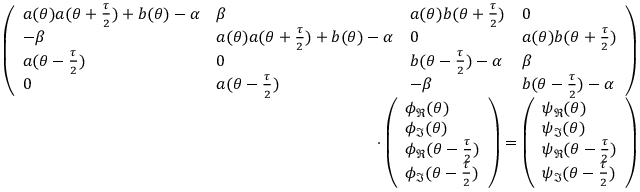
\begin{array} { r } { \left( \begin{array} { l l l l } { a ( \theta ) a ( \theta + \frac { \tau } { 2 } ) + b ( \theta ) - \alpha } & { \beta } & { a ( \theta ) b ( \theta + \frac { \tau } { 2 } ) } & { 0 } \\ { - \beta } & { a ( \theta ) a ( \theta + \frac { \tau } { 2 } ) + b ( \theta ) - \alpha } & { 0 } & { a ( \theta ) b ( \theta + \frac { \tau } { 2 } ) } \\ { a ( \theta - \frac { \tau } { 2 } ) } & { 0 } & { b ( \theta - \frac { \tau } { 2 } ) - \alpha } & { \beta } \\ { 0 } & { a ( \theta - \frac { \tau } { 2 } ) } & { - \beta } & { b ( \theta - \frac { \tau } { 2 } ) - \alpha } \end{array} \right) } \\ { \cdot \left( \begin{array} { l } { \phi _ { \Re } ( \theta ) } \\ { \phi _ { \Im } ( \theta ) } \\ { \phi _ { \Re } ( \theta - \frac { \tau } { 2 } ) } \\ { \phi _ { \Im } ( \theta - \frac { \tau } { 2 } ) } \end{array} \right) = \left( \begin{array} { l } { \psi _ { \Re } ( \theta ) } \\ { \psi _ { \Im } ( \theta ) } \\ { \psi _ { \Re } ( \theta - \frac { \tau } { 2 } ) } \\ { \psi _ { \Im } ( \theta - \frac { \tau } { 2 } ) } \end{array} \right) } \end{array}